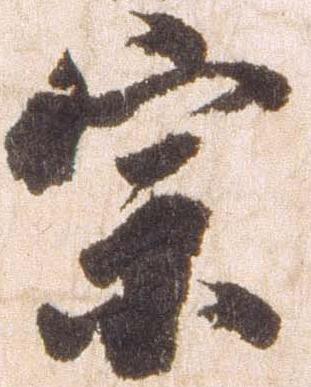
宗